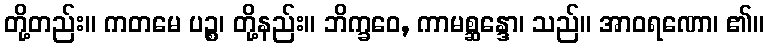
တို့တည်း။ ကတမေ ပဉ္စ၊ တို့နည်း။ ဘိက္ခဝေ, ကာမစ္ဆန္ဒော၊ သည်။ အာဝရဏော၊ ၏။